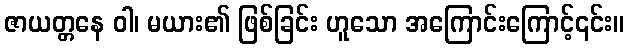
ဇာယတ္တနေ ဝါ၊ မယား၏ ဖြစ်ခြင်း ဟူသော အကြောင်းကြောင့်၎င်း။